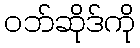
ဝဘ်ဆိုဒ်ကို